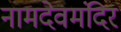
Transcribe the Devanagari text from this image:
नामदेवमंदिर